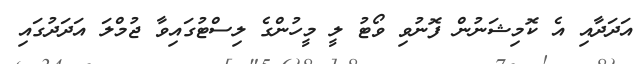
އަދަދާއި އެ ކޮމިޝަނުން ފޮނުވި ވޯޓު ލީ މީހުންގެ ލިސްޓުގައިވާ ޖުމްލަ އަދަދުގައި